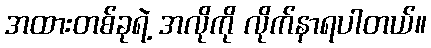
အထားတစ်ခုရဲ့ အလိုကို လိုက်နာရပါတယ်။